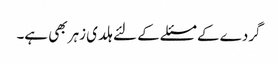
گردے کے مسئلے کے لئے ہلدی زہر بھی ہے۔